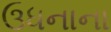
ઉધનાના